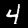
Label: 4